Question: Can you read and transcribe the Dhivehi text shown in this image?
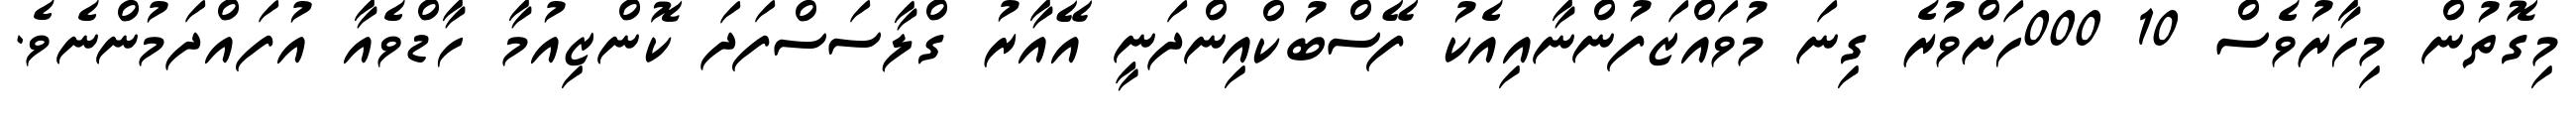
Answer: މިގޮތުން މިހާރުވެސް 10 000ހަށްވުރެ ގިނަ މުވައްޒަފުންނާއިއެކު ފޭސްބުކްއިންދަނީ އޭއާރު ގްލާސަސްފަދަ ކޮންޒިއުމާ ހާޑްވެއާ އުފައްދަމުންނެވެ.